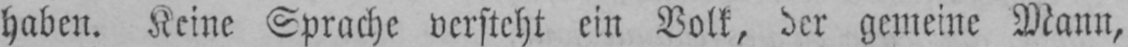
haben. Keine Sprache versteht ein Volk, der gemeine Mann,